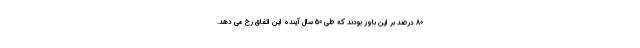
80 درصد بر این باور بودند که طی 50 سال آینده این اتفاق رخ می دهد.